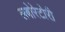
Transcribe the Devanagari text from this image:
लबोरेटोरी